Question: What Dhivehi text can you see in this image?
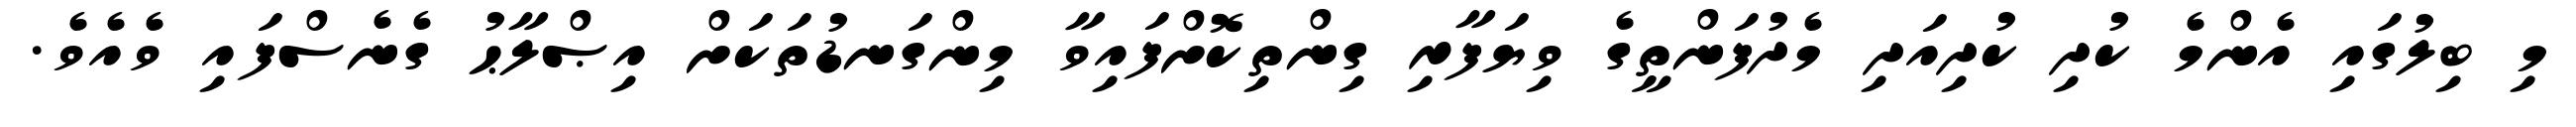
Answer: މި ބިލުގައި އެންމެ ކުދި ކުދިއަދި މެދުފަންތީގެ ވިޔަފާރި ގިންތިކޮށްފައިވާ މިންގަނޑުތަކަށް އިޞްލާޙު ގެނެސްފައި ވެއެވެ.